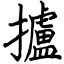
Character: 攎